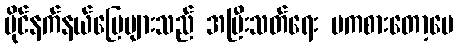
ပိုင်နက်နယ်မြေများသည် အပြီးသတ်ရေး မကစားတော့ပေ